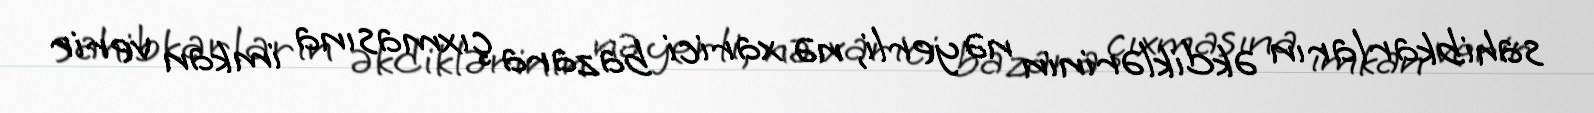
sahibkarların əkdiklərinin nə yerli, nə xarici bazara çıxmasına imkan verir